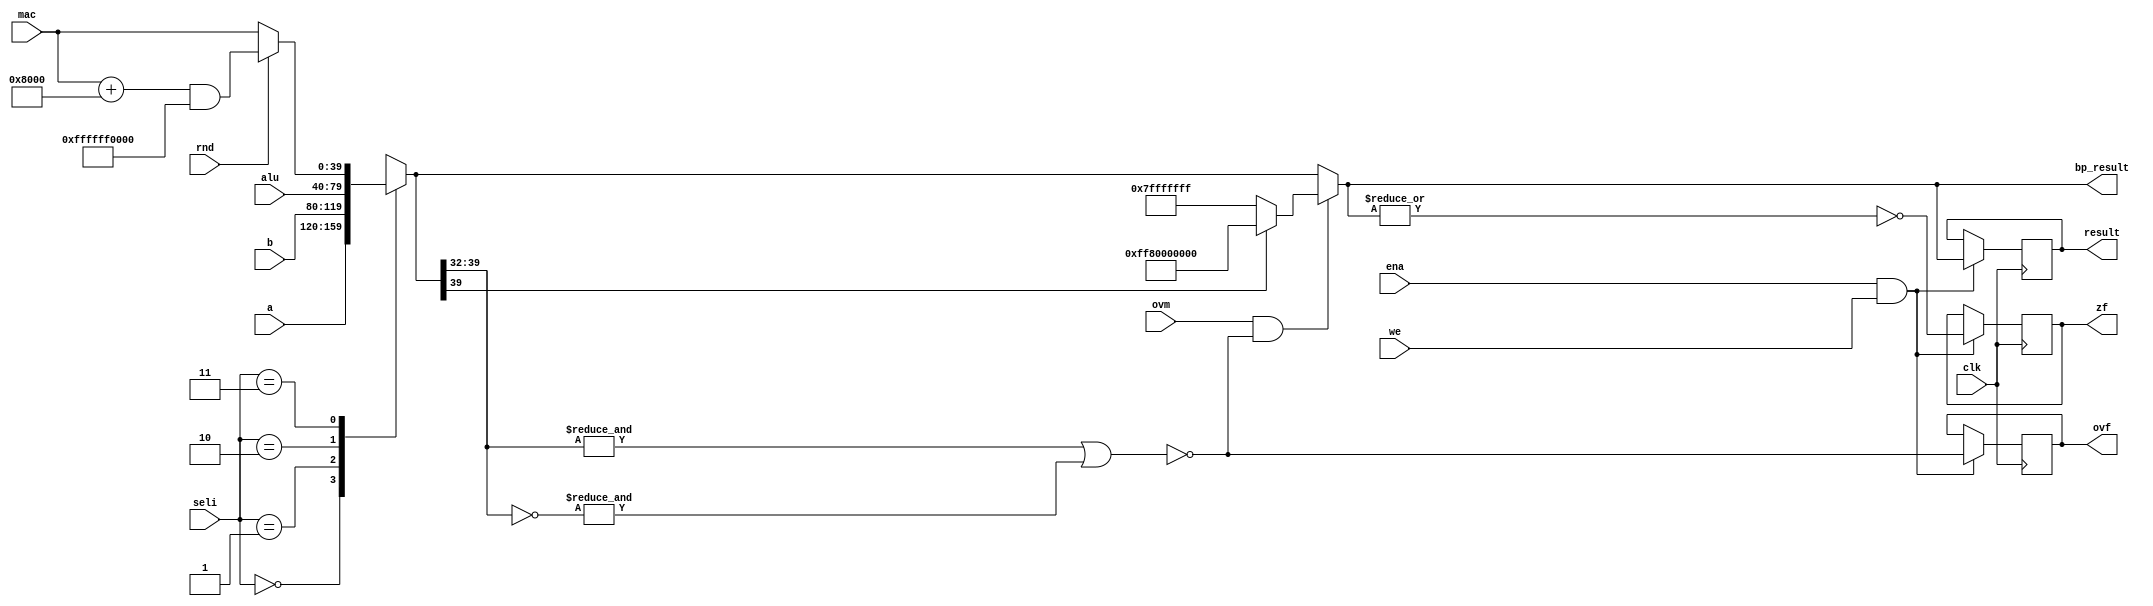
module oc54_acc (
	clk, ena,
	seli, we,
	a, b, alu, mac,
	ovm, rnd,
	zf, ovf,
	result, bp_result
	);

//
// parameters
//

//
// inputs & outputs
//
input         clk;
input         ena;
input  [ 1:0] seli;              // select input
input         we;                // write enable
input  [39:0] a, b, alu, mac;    // accumulators, alu, mac input
input         ovm, rnd;          // overflow mode, saturate, round
output        ovf, zf;           // carry out, overflow, zero, tc-out
output [39:0] result;            // accumulator register output
output [39:0] bp_result;         // accumulator register bypass output

reg        ovf, zf;
reg [39:0] result;

//
// variables
//
reg  [39: 0] sel_r, iresult; // select results, final result
wire         iovf;

//
// module body
//

//
// generate input selection
//

// input selection & MAC-rounding
always@(seli or a or b or alu or mac or rnd)
	case(seli) // synopsis full_case parallel_case
		2'b00: sel_r = a;
		2'b01: sel_r = b;
		2'b10: sel_r = alu;
		2'b11: sel_r = rnd ? (mac + 16'h8000) & 40'hff_ffff_0000 : mac;
	endcase

// overflow detection
// no overflow when:
// 1) all guard bits are set (valid negative number)
// 2) no guard bits are set (valid positive number)
assign iovf = !( &sel_r[39:32] | &(~sel_r[39:32]) );

// saturation
always@(iovf or ovm or sel_r)
	if (ovm & iovf)
		if (sel_r[39]) // negate overflow
			iresult <= #1 40'hff_8000_0000;
		else             // positive overflow
			iresult <= #1 40'h00_7fff_ffff;
	else
			iresult <= #1 sel_r;

//
// generate registers
//

// generate bypass output
assign bp_result = iresult;

// result
always@(posedge clk)
	if (ena & we)
		result <= #1 iresult;

// ovf, zf
always@(posedge clk)
	if (ena & we)
		begin
			ovf <= #1 iovf;
			zf  <= #1 ~|iresult;
		end

endmodule